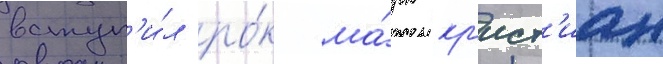
вступ'и́л ро́к ма́рк кр'ист'иан